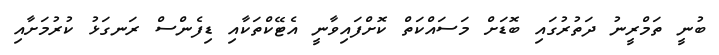
ބުނީ ތަމްރީނު ދަތުރުގައި ބޮޑަށް މަސައްކަތް ކޮށްފައިވާނީ އެޓޭކްތަކާއި ޑިފެންސް ރަނގަޅު ކުރުމަށާއި